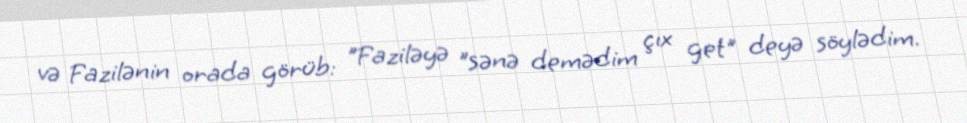
və Fazilənin orada görüb: "Faziləyə "sənə demədim çıx get" deyə söylədim.